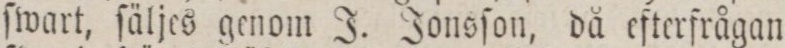
ſwart, ſäljes genom J. Jonsſon, då efterfrågan